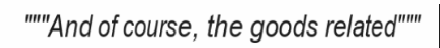
"""And of course, the goods related"""